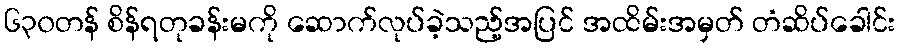
၆၃၀တန် စိန်ရတုခန်းမကို ဆောက်လုပ်ခဲ့သည့်အပြင် အထိမ်းအမှတ် တံဆိပ်ခေါင်း